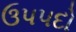
ઉપપદો